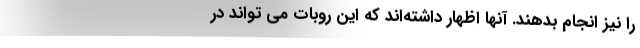
را نیز انجام بدهند. آنها اظهار داشته‌اند که این روبات می تواند در